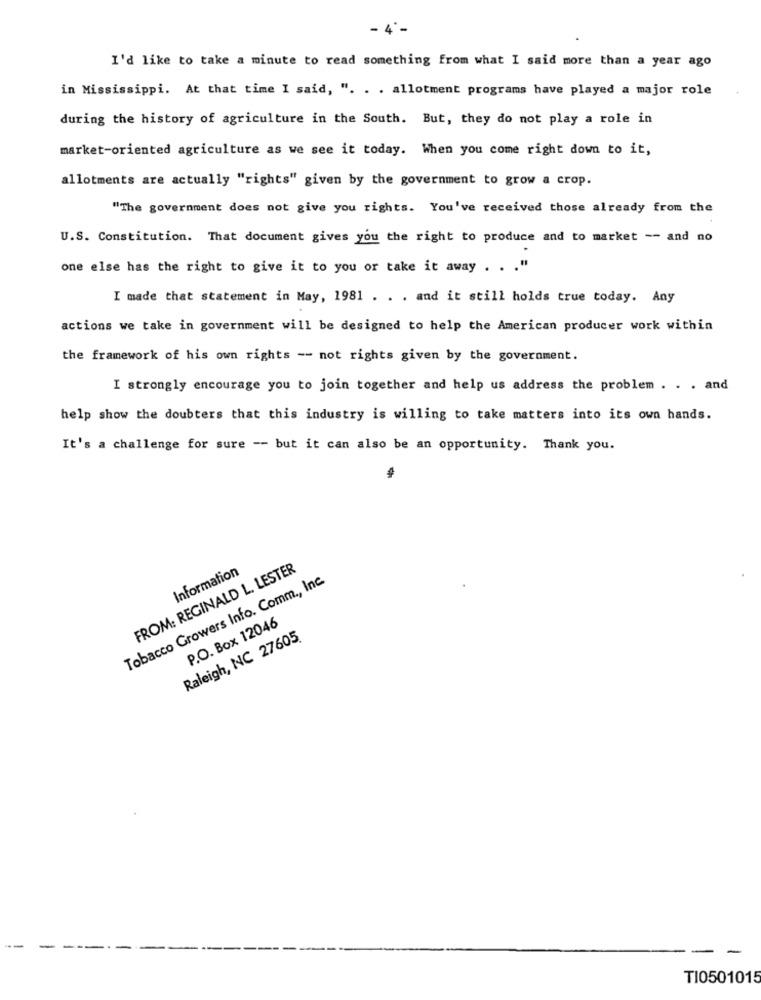
- 4'-
I'd like to take a minute to read something from what I said more than a year ago
in Mississippi. At that time I said, ". . . allotment programs have played a major role
during the history of agriculture in the South. But, they do not play a role in
market-oriented agriculture as we see it today. When you come right down to it,
allotments are actually "rights" given by the government to grow a crop.
"The government does not give you rights. You've received those already from the
U.S. Constitution. That document gives you the right to produce and to market -- and no
one else has the right to give it to you or take it away . . . "
I made that statement in May, 1981 . . . and it still holds true today. Any
actions we take in government will be designed to help the American producer work within
the framework of his own rights -- not rights given by the government.
I strongly encourage you to join together and help us address the problem . . . and
help show the doubters that this industry is willing to take matters into its own hands.
It's a challenge for sure -- but it can also be an opportunity. Thank you.
FROM: REGINALD L. LESTER
Information
Tobacco Growers Info. Comm ., Inc.
P.O. Box 12046
Raleigh, NC 27605
-
TI0501015